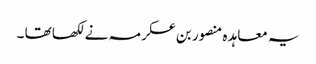
یہ معاہد ہ منصور بن عکرمہ نے لکھا تھا ۔